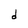
Character: d